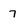
Character: 7